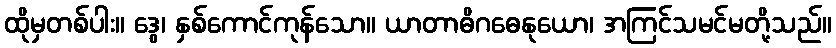
ထိုမှတစ်ပါး။ ဒွေ၊ နှစ်ကောင်ကုန်သော။ ယာတာဓိဂဓေနုယော၊ အကြင်သမင်မတို့သည်။